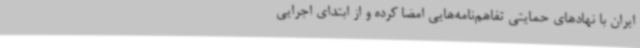
ایران با نهادهای حمایتی تفاهم‌نامه‌هایی امضا کرده و از ابتدای اجرایی